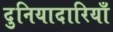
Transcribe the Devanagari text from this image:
दुनियादारियाँ